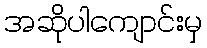
အဆိုပါကျောင်းမှ